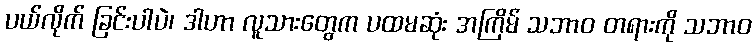
ပယ်လိုက် ခြင်းပါပဲ၊ ဒါဟာ လူသားတွေက ပထမဆုံး အကြိမ် သဘာဝ တရားကို သဘာဝ